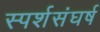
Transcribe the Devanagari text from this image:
स्पर्शसंघर्ष